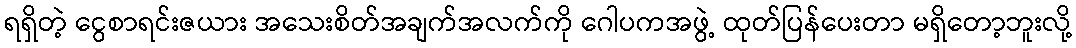
ရရှိတဲ့ ငွေစာရင်းဇယား အသေးစိတ်အချက်အလက်ကို ဂေါပကအဖွဲ့ ထုတ်ပြန်ပေးတာ မရှိတော့ဘူးလို့